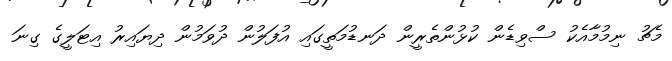
މެޗު ނިމުމާއެކު ސްވިޑެން ކުޅުންތެރީން ދަނޑުމަތީގައި އުފަލުން ދުވަމުން ދިޔައިރު އިޓަލީގެ ގިނަ